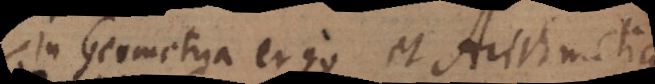
In Geometria ergo et Arithmetica